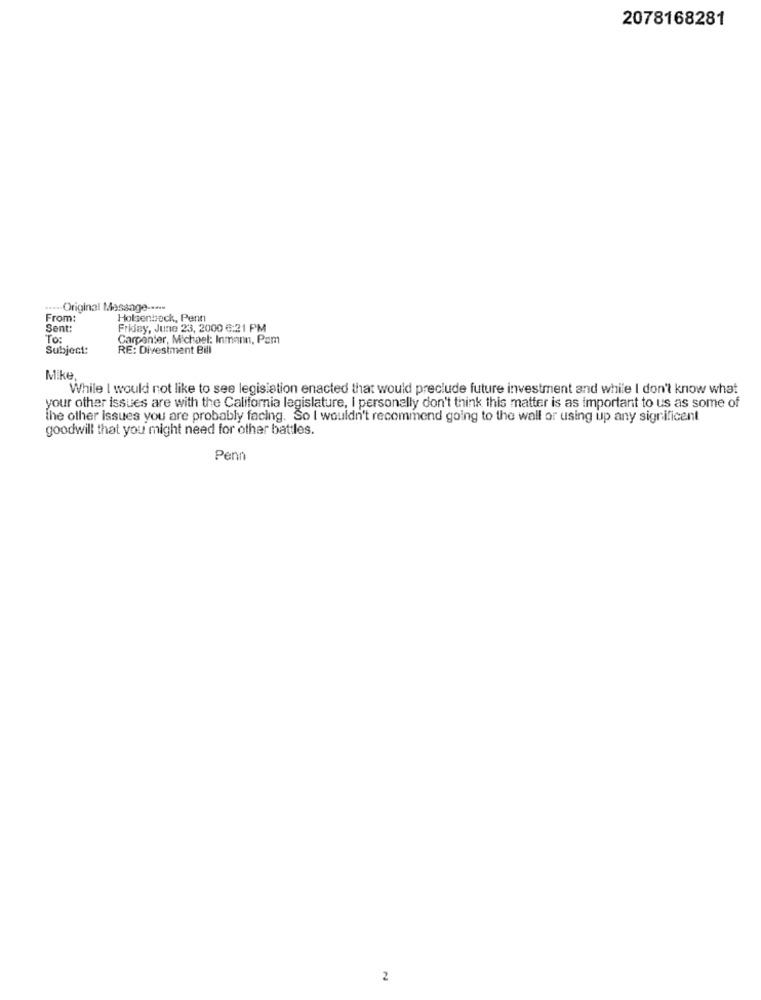
2078168281
Original Message -....
From:
Holsenbeck, Penn
Sent:
Friday, June 23, 2000 6:21 PM
To:
Carpenter, Michael: Inmann, Pam
Subject:
RE: Divestment Bill
Mike
While I would not like to see legislation enacted that would preclude future investment and while I don't know what
your other issues are with the California legislature, I personally don't think this matter is as Important to us as some of
the other issues you are probably facing. So I wouldn't recommend going to the wall or using up any significent
goodwill that you might need for other battles.
Penn
2